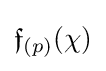
{\mathfrak {f}}_{(p)}(\chi )